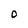
Character: O